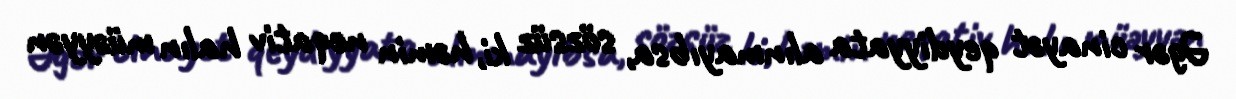
Əgər cinayət qeydiyyata alınmayıbsa, sözsüz ki, həmin neqativ halın müəyyən